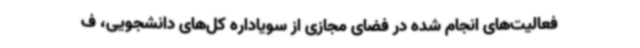
فعالیت‌های انجام شده در فضای مجازی از سویاداره کل‌های دانشجویی، ف